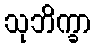
သုဘိက္ခာ